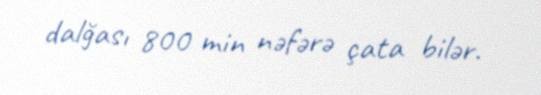
dalğası 800 min nəfərə çata bilər.